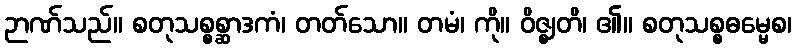
ဉာဏ်သည်။ စတုသစ္စစ္ဆာဒကံ၊ တတ်သော။ တမံ၊ ကို။ ဝိဇ္ဈတိ၊ ၏။ စတုသစ္စဓမ္မေစ၊